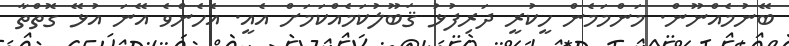
ބޭނުމެއްނޫން. މަންމަމެން ހީކުރީ ދަރިފުޅު ޤަބޫލުކަމެއްކަމަށް އެއީ. އެހެންވެ އޭނަ އުޅޭ ގޮތްތާ